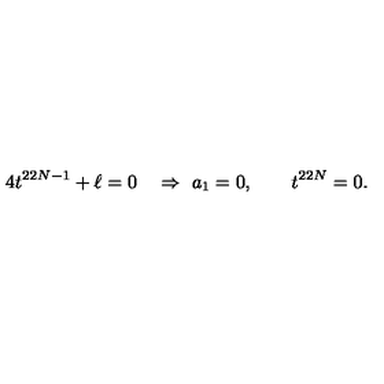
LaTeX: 4 t ^ { 2 2 N - 1 } + \ell = 0 \quad \Rightarrow \ a _ { 1 } = 0 , \qquad t ^ { 2 2 N } = 0 .